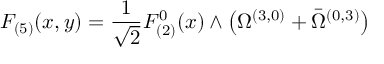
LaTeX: F _ { ( 5 ) } ( x , y ) = \frac 1 { \sqrt { 2 } } F _ { ( 2 ) } ^ { 0 } ( x ) \wedge \left( \Omega ^ { ( 3 , 0 ) } + \bar { \Omega } ^ { ( 0 , 3 ) } \right)